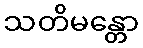
သတိမန္တော